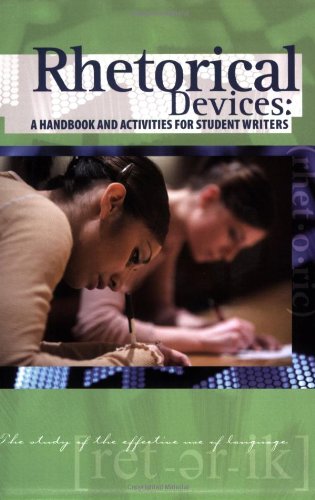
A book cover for Rhetorical Devices: A Handbook and Activities for Student Writers; Brendan McGuigan; Reference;